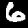
Digit: 6